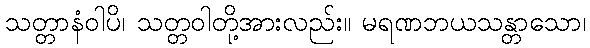
သတ္တာနံဝါပိ၊ သတ္တဝါတို့အားလည်း။ မရဏဘယသန္တာသော၊